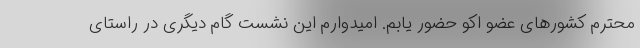
محترم کشورهای عضو اکو حضور یابم. امیدوارم این نشست گام دیگری در راستای